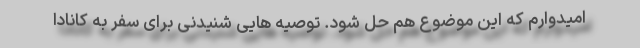
امیدوارم که این موضوع هم حل شود. توصیه هایی شنیدنی برای سفر به کانادا